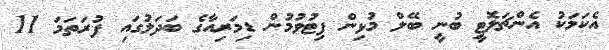
އެކަމަކު އެންޗަލޮޓީ ބުނީ ބޭލް މުޅިން ފިޓުވުމުން ޑިމަރިއާގެ ބަދަލުގައި ފުރަތަމަ 11